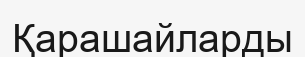
Қарашайларды